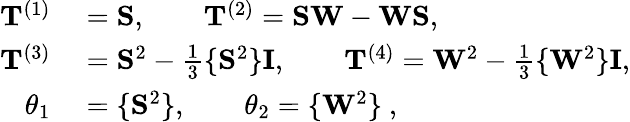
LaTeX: \begin{array}{rl}{\mathbf{T}^{(1)}}&{{}=\mathbf{S},\qquad\mathbf{T}^{(2)}=\mathbf{SW}-\mathbf{WS},}\\ {\mathbf{T}^{(3)}}&{{}=\mathbf{S}^{2}-\frac{1}{3}\{ \mathbf{S}^{2}\} \mathbf{I},\qquad\mathbf{T}^{(4)}=\mathbf{W}^{2}-\frac{1}{3}\{ \mathbf{W}^{2}\} \mathbf{I},}\\ {\theta_{1}}&{{}=\{ \mathbf{S}^{2}\} ,\qquad\theta_{2}=\{ \mathbf{W}^{2}\} \mathrm{~,~}}\end{array}